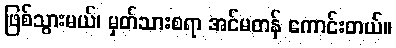
ဖြစ်သွားမယ်၊ မှတ်သားစရာ အင်မတန် ကောင်းတယ်။